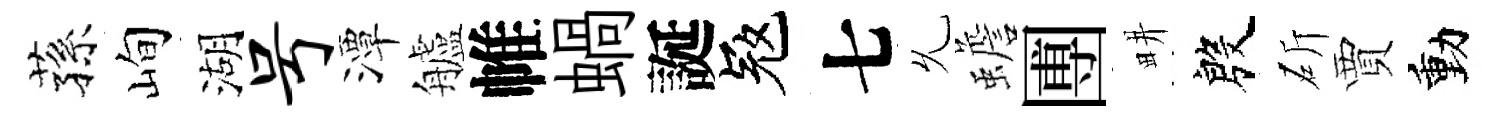
蓀峋湖号潭艫帷蝸誕冦七𠃔蟾圑畊殷斫賈動